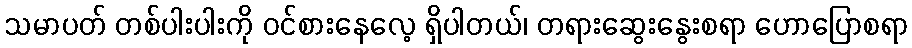
သမာပတ် တစ်ပါးပါးကို ဝင်စားနေလေ့ ရှိပါတယ်၊ တရားဆွေးနွေးစရာ ဟောပြောစရာ